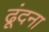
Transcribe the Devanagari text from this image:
ढूंदना